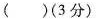
( )(3分)